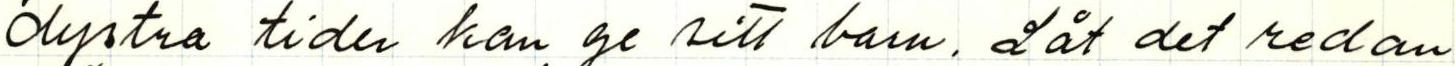
dystra tiden kan ge sitt barn. Låt det redan